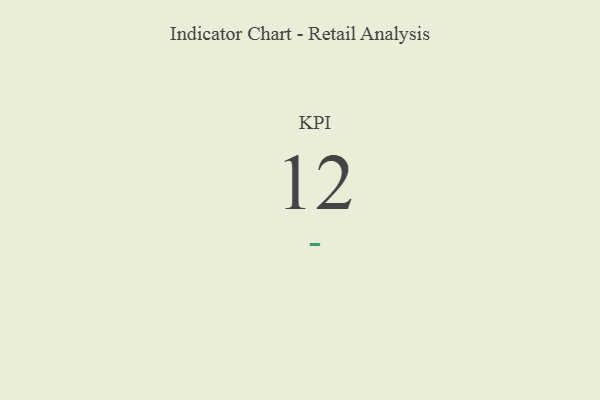
{"axis": {"x": "KPI", "y": "Value"}, "legend": [""], "data": [{"x": "KPI", "y": 12, "type": ""}]}